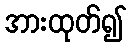
အားထုတ်၍